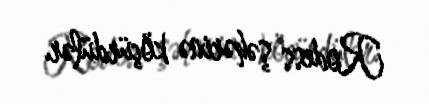
Rodess şəhərinə köçürdülər.